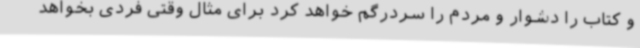
و کتاب را دشوار و مردم را سردرگم خواهد کرد برای مثال وقتی فردی بخواهد